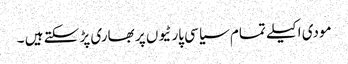
مودی اکیلے تمام سیاسی پارٹیوں پر بھاری پڑ سکتے ہیں ۔